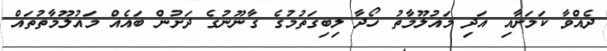
ދެއްވާ ކަމަށާއި އަދި މައުލޫމާތު ހޯދާ ލިބިގަތުމުގެ ގާނޫނުގެ ދަށުން ބައެއް މައުލޫމާތުތައް